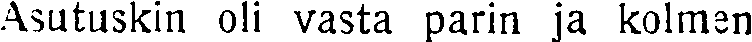
Asutuskin oli vasta parin ja kolmen